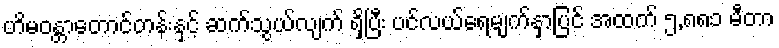
ဟိမဝန္တာတောင်တန်းနှင့် ဆက်သွယ်လျက် ရှိပြီး ပင်လယ်ရေမျက်နှာပြင် အထက် ၅,၈၈၁ မီတာ